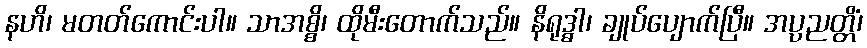
နဟိ၊ မတတ်ကောင်းပါ။ သာအစ္စိ၊ ထိုမီးတောက်သည်။ နိရုဒ္ဓါ၊ ချုပ်ပျောက်ပြီ။ အပ္ပညတ္တိံ၊